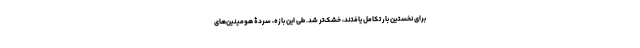
برای نخستین بار تکامل یافتند، خشک‌تر شد. طی این بازه، سردۀ هومینین‌های